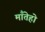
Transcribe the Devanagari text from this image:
माँतेहो